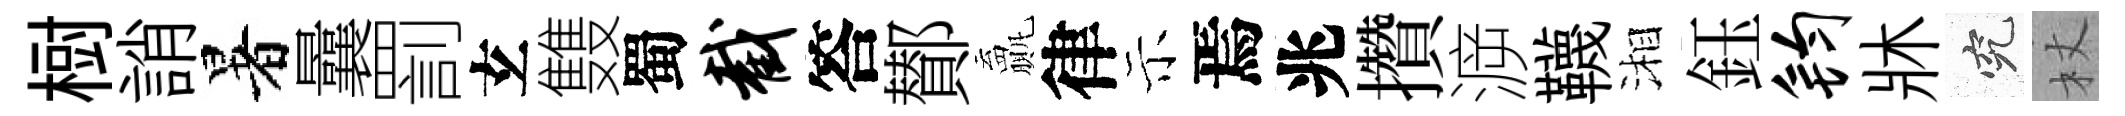
𣗳誚暑曩罰𤣥䨇蜀截答鄼贏律示焉兆攢㴑韈湘鈺钧牀究杖